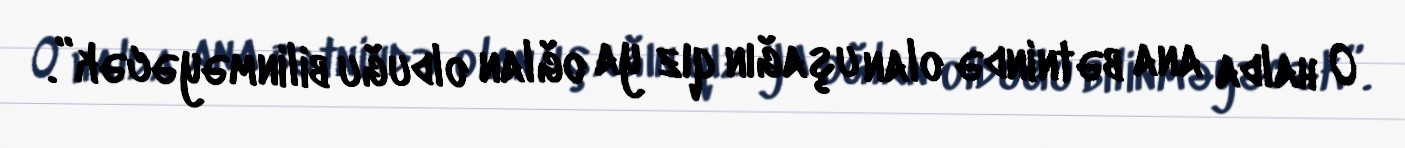
O halda ana bətnində olan uşağın qız ya oğlan olduğu bilinməyəcək”.